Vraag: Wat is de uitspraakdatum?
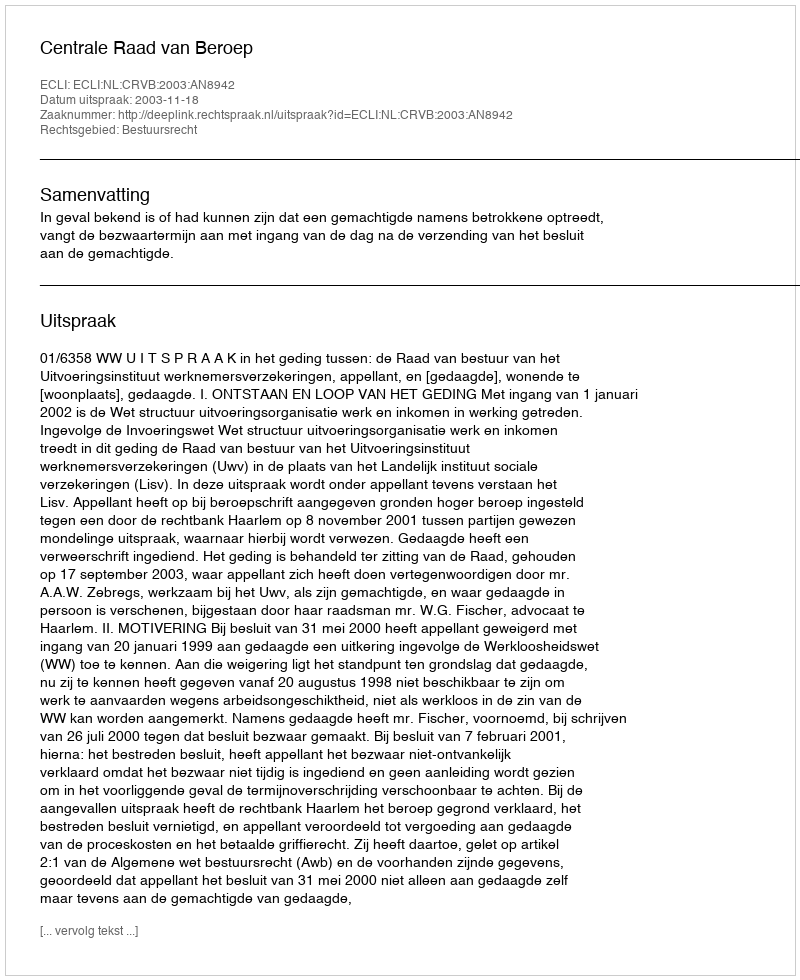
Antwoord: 2003-11-18